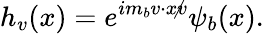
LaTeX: h_{v}(x)=e^{im_{b}v\cdot x\not v}\psi_{b}(x).